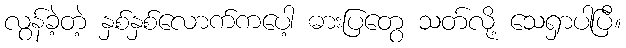
လွန်ခဲ့တဲ့ နှစ်နှစ်လောက်ကပေါ့ ဓားပြတွေ သတ်လို့ သေရှာပါပြီ။